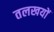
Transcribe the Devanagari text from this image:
तलखयों